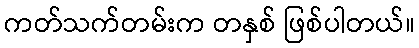
ကတ်သက်တမ်းက တနှစ် ဖြစ်ပါတယ်။